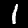
Label: 1